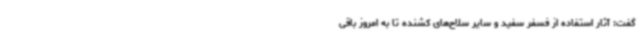
گفت: آثار استفاده از فسفر سفید و سایر سلاح‌های کشنده تا به امروز باقی